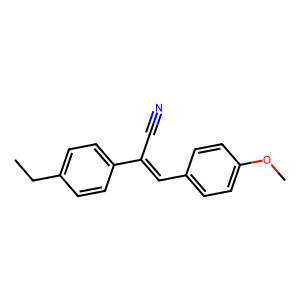
SMILES: CCc1ccc(C(C#N)=Cc2ccc(OC)cc2)cc1
Inhibits HIV replication: No